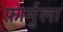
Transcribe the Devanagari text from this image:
फ़ार्मुला